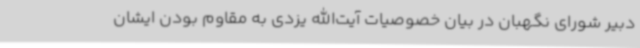
دبیر شورای نگهبان در بیان خصوصیات آیت‌الله یزدی به مقاوم بودن ایشان